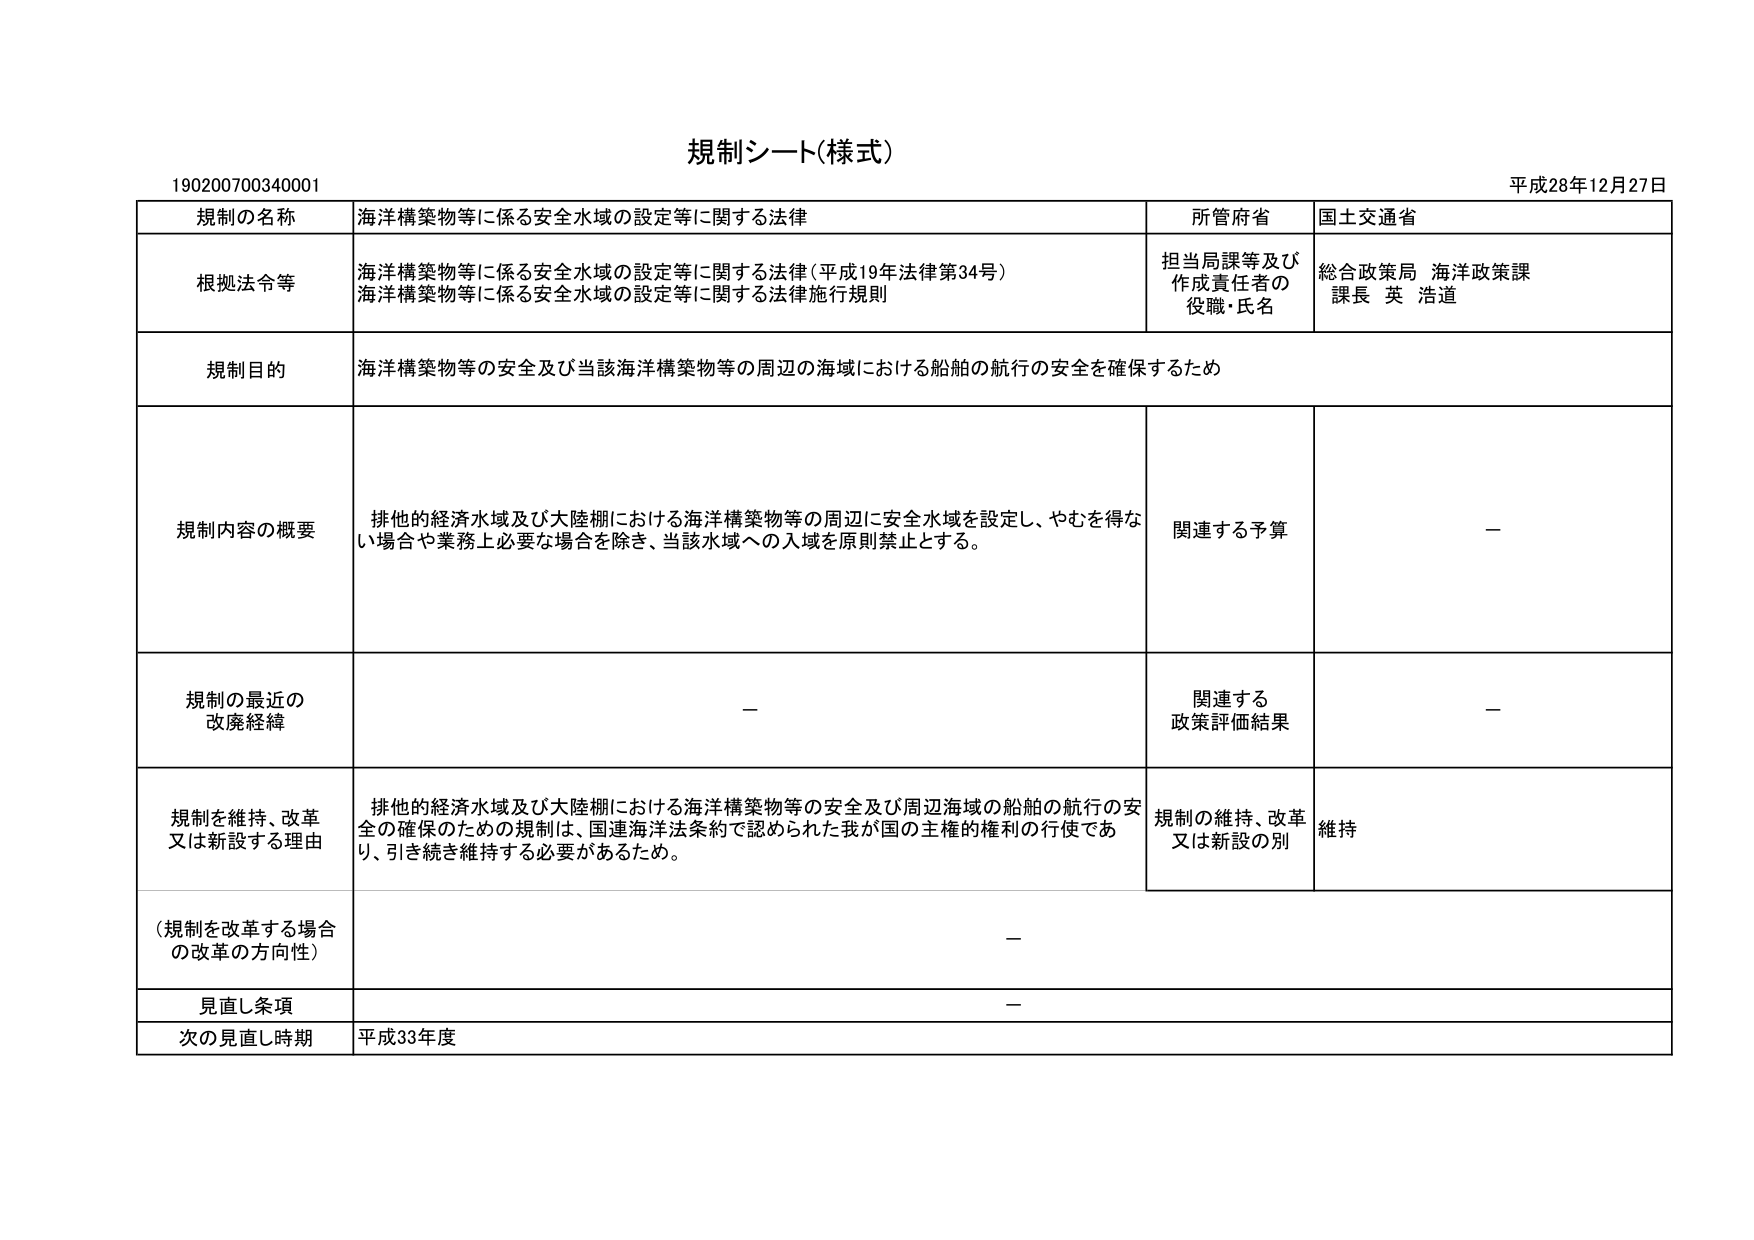
規制シート(様式)
190200700340001
平成28年12月27日

規制の名称　海洋構築物等に係る安全水域の設定等に関する法律
所管府省　国土交通省

根拠法令等　海洋構築物等に係る安全水域の設定等に関する法律（平成19年法律第34号）
　　　　　　海洋構築物等に係る安全水域の設定等に関する法律施行規則
担当局課等及び作成責任者の役職・氏名　総合政策局 海洋政策課
　　　　　　　　　　　　　　　　　　　課長 英 浩道

規制目的　海洋構築物等の安全及び当該海洋構築物等の周辺の海域における船舶の航行の安全を確保するため

規制内容の概要　排他的経済水域及び大陸棚における海洋構築物等の周辺に安全水域を設定し、やむを得ない場合や業務上必要な場合を除き、当該水域への入域を原則禁止とする。
関連する予算　－

規制の最近の改廃経緯　－
関連する政策評価結果　－

規制を維持、改革又は新設する理由　排他的経済水域及び大陸棚における海洋構築物等の安全及び周辺海域の船舶の航行の安全の確保のための規制は、国連海洋法条約で認められた我が国の主権的権利の行使であり、引き続き維持する必要があるため。
規制の維持、改革又は新設の別　維持

（規制を改革する場合の改革の方向性）　－

見直し条項　－

次の見直し時期　平成33年度